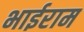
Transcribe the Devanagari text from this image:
भाईराम